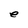
Character: e